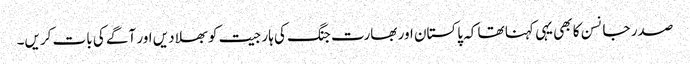
صدر جانسن کا بھی یہی کہنا تھا کہ پاکستان اور بھارت جنگ کی ہار جیت کو بھلا دیں اور آگے کی بات کریں۔